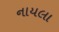
નાયલા